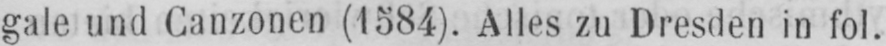
gale und Canzonen (1584). Alles zu Dresden in fol.